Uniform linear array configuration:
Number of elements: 8
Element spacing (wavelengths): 1
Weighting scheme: hamming
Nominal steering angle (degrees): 60
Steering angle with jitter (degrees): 58.033
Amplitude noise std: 0.05
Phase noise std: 0.05

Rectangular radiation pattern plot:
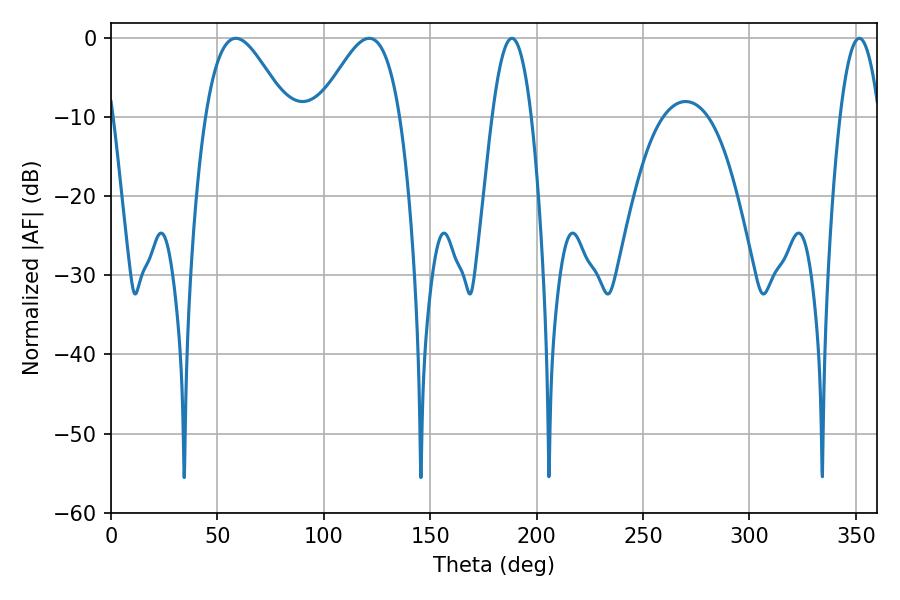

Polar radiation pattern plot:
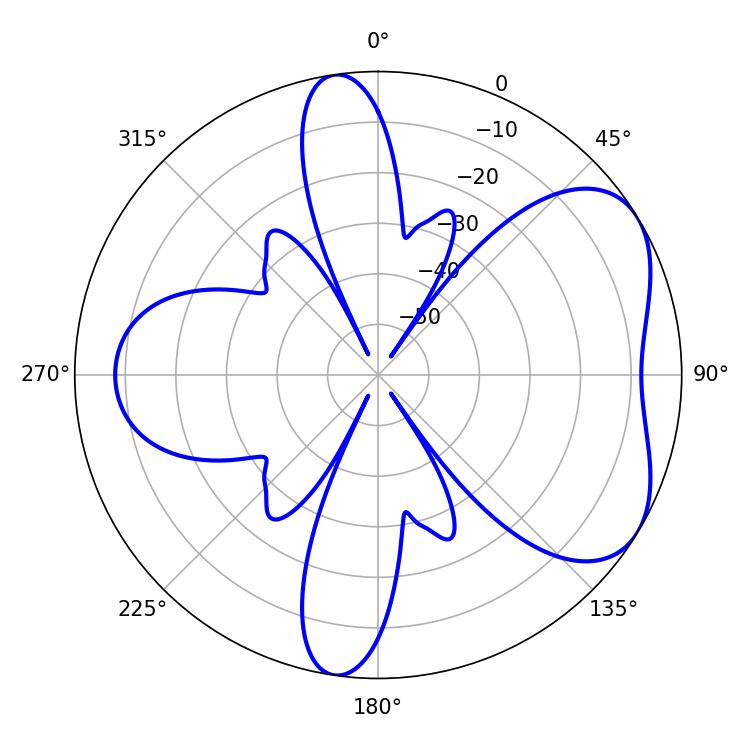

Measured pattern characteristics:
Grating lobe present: TRUE
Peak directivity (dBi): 5.342
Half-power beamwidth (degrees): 20.34
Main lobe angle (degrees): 58.68